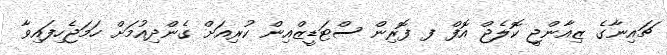
ޗައިނާގެ ޒިއާންޖީ ކޮލެޖް އޮފް ފ ފޮރިން ސްޓަޑީޒްއިން ކުރިއަށް ގެންދިއުމަށް ހަމަޖެހިފައިވާ